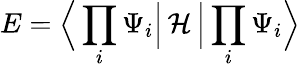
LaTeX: E=\Big\langle\prod_{i}\Psi_{i}\Big|\, \mathcal{H}\, \Big|\prod_{i}\Psi_{i}\Big\rangle